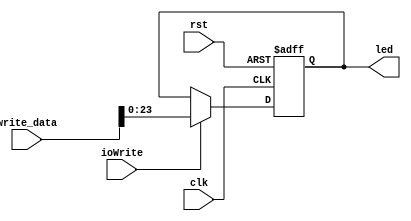
`timescale 1ns / 1ps

module Leds(
    input clk,
    input rst,
    input ioWrite,
    input[31:0] write_data,
    output reg[23:0] led
);

    //pos or neg?
    always @(posedge clk or posedge rst) begin
        if(rst)
            led = {24{1'b0}};
        else if (ioWrite)
            led = write_data[23:0];
        else
            led = led;
    end
endmodule